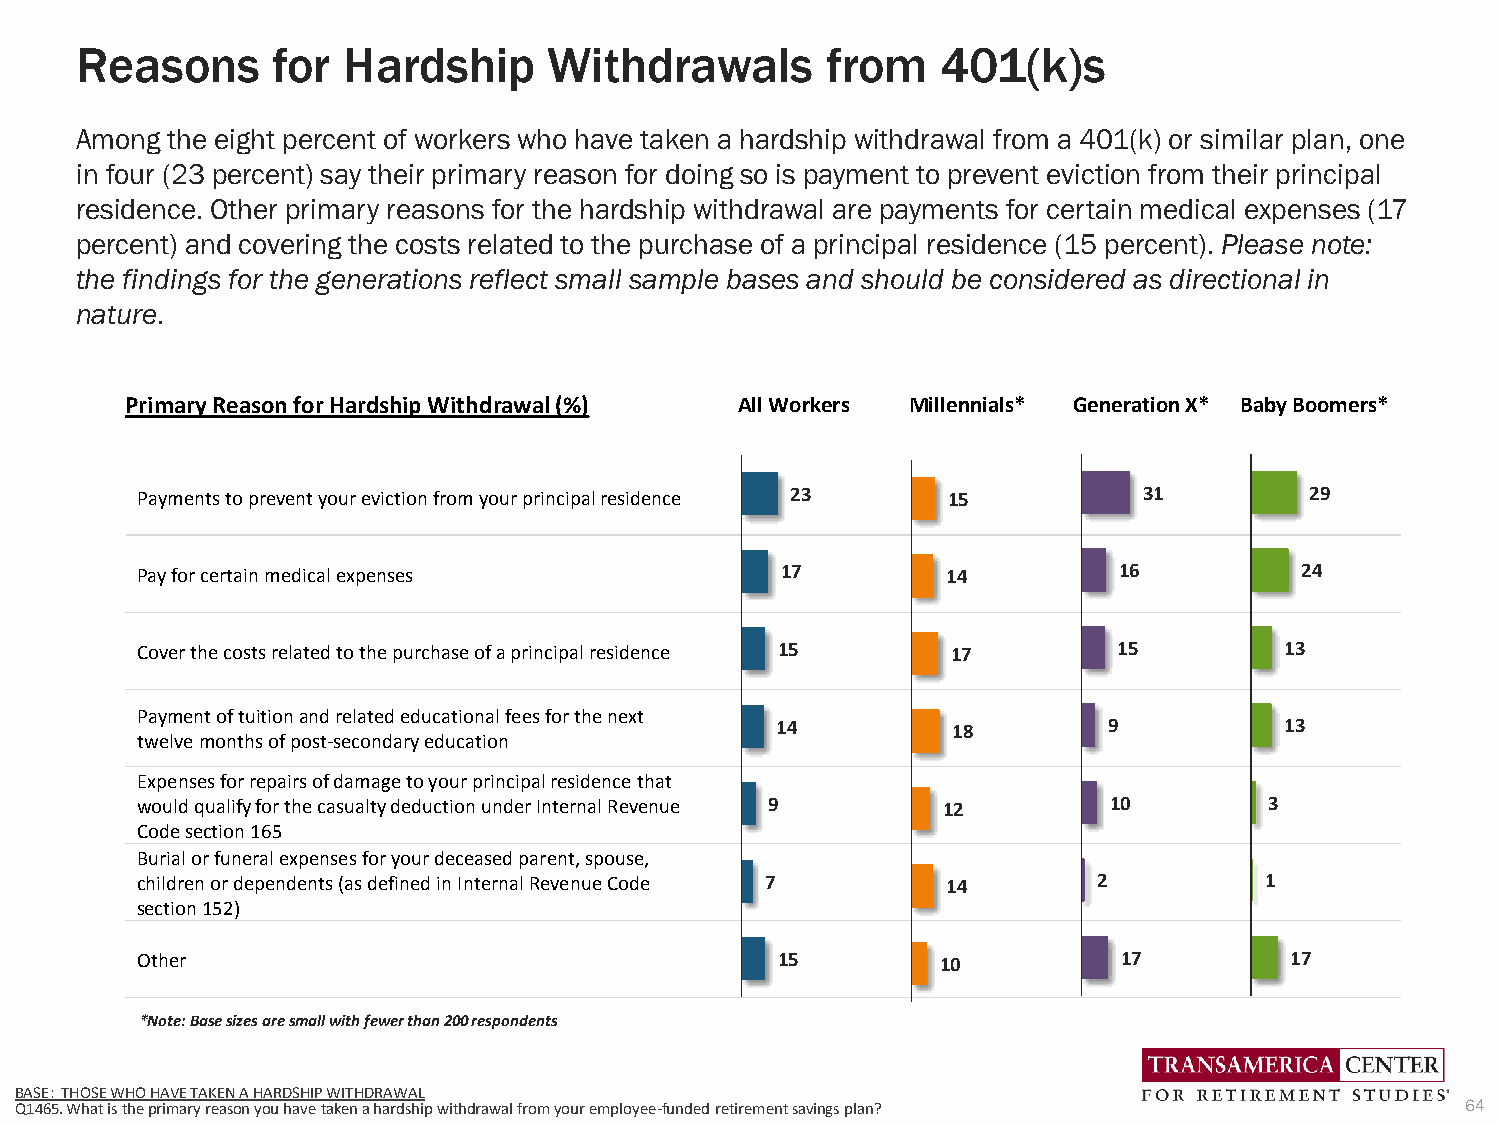
Reasons      for  Hardship     Withdrawals        from   401(k)s
 Among the eight percent of workers who have taken a hardship withdrawal from a 401(k) or similar plan, one
 in four (23 percent) say their primary reason for doing so is payment to prevent eviction from their principal
 residence. Other primary reasons for the hardship withdrawal are payments for certain medical expenses (17
 percent) and covering the costs related to the purchase of a principal residence (15 percent). Please note:
 the findings for the generations reflect small sample bases and should be considered as directional in
 nature.
 Primary Reason for Hardship Withdrawal (%) All Workers Millennials* GenerationX* Baby Boomers*
 Payments toprevent your eviction from your principal residence 23 15 31       29
 Pay for certain medical expenses           17         14         16          24
 Cover the costs related to the purchase of a principal residence 15 17 15   13
 Payment of tuition and related educational fees for the next
 14          18        9           13
 twelvemonths of post-secondary education
 Expensesfor repairs of damage to your principal residence that
 would qualify for the casualty deduction under Internal Revenue 9 12 10    3
 Code section 165
 Burial or funeral expenses for your deceased parent, spouse,
 children or dependents (as defined in Internal Revenue Code 7 14 2         1
 section 152)
 Other                                     15         10          17         17
 *Note: Base sizes are small with fewer than 200 respondents
 BASE: THOSE WHO HAVE TAKEN A HARDSHIP WITHDRAWAL
 Q1465. What is the primary reason you have taken a hardship withdrawal from your employee-funded retirement savings plan? 64